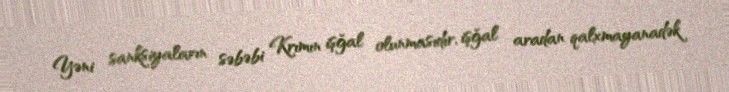
Yəni sanksiyaların səbəbi Krımın işğal olunmasıdır, işğal aradan qalxmayanadək